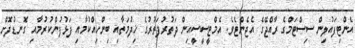
އެންޓިފައުލިން ސިސްޓަމްގެ ރާއްޖޭގެ އެޖެންޓެވެ. އެމްޓީސީސީއިން ދަތުރުފަތުރުގެ ޚިދުމަތާއި ބިންހިއްކުމާއި ފަޅުފުންކުރުމާއި ގޮނޑުދޮށް